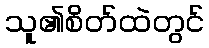
သူ၏စိတ်ထဲတွင်